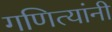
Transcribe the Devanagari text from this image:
गणित्यांनी